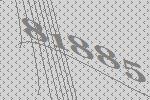
81885